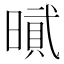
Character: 𰖡